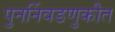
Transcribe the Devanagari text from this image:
पुनर्निवडणुकीत